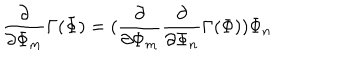
\frac { \partial } { \partial \Phi _ { m } } \Gamma ( \Phi ) = ( \frac { \partial } { \partial \Phi _ { m } } \frac { \partial } { \partial \Phi _ { n } } \Gamma ( \Phi ) ) \Phi _ { n }